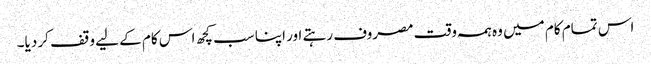
اس تمام کام میں وہ ہمہ وقت مصروف رہتے اور اپنا سب کچھ اس کام کے لیے وقف کر دیا۔